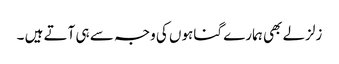
زلزلے بھی ہمارے گناہوں کی وجہ سے ہی آتے ہیں ۔